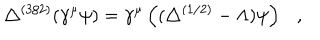
LaTeX: \triangle ^ { ( 3 / 2 ) } ( \gamma ^ { \mu } \psi ) = \gamma ^ { \mu } \left( ( \triangle ^ { ( 1 / 2 ) } - \Lambda ) \psi \right) ,